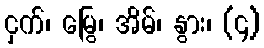
ငှက်၊ မြွေ၊ အိမ်၊ နွား၊ (၄)